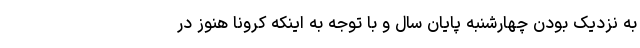
به نزدیک بودن چهارشنبه پایان سال و با توجه به اینکه کرونا هنوز در